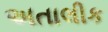
અતાલીક